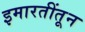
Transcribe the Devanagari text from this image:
इमारतींतून